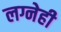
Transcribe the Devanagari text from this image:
लग्नेही